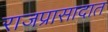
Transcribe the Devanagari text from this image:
राजप्रासादात